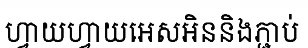
ហ្វាយហ្វាយអេសអិននិងភ្ជាប់